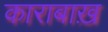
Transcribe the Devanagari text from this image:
काराबाख़